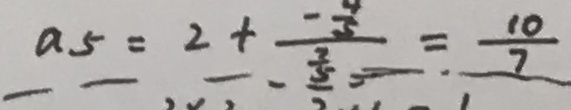
a _ { 5 } = 2 + \frac { - \frac { 4 } { 5 } } { \frac { 2 } { 5 } } = \frac { 1 0 } { 7 }